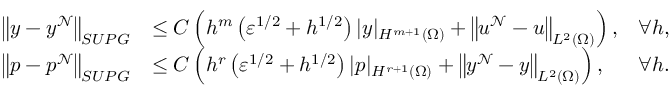
\begin{array} { r l r } { \left\| y - y ^ { \mathcal { N } } \right\| _ { S U P G } } & { \leq C \left( h ^ { m } \left( \varepsilon ^ { 1 / 2 } + h ^ { 1 / 2 } \right) | y | _ { H ^ { m + 1 } ( \Omega ) } + \left\| u ^ { \mathcal { N } } - u \right\| _ { L ^ { 2 } ( \Omega ) } \right) , } & { \forall h , } \\ { \left\| p - p ^ { \mathcal { N } } \right\| _ { S U P G } } & { \leq C \left( h ^ { r } \left( \varepsilon ^ { 1 / 2 } + h ^ { 1 / 2 } \right) | p | _ { H ^ { r + 1 } ( \Omega ) } + \left\| y ^ { \mathcal { N } } - y \right\| _ { L ^ { 2 } ( \Omega ) } \right) , } & { \forall h . } \end{array}